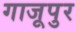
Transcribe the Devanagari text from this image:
गाजूपुर